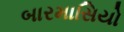
બારમાસિયો